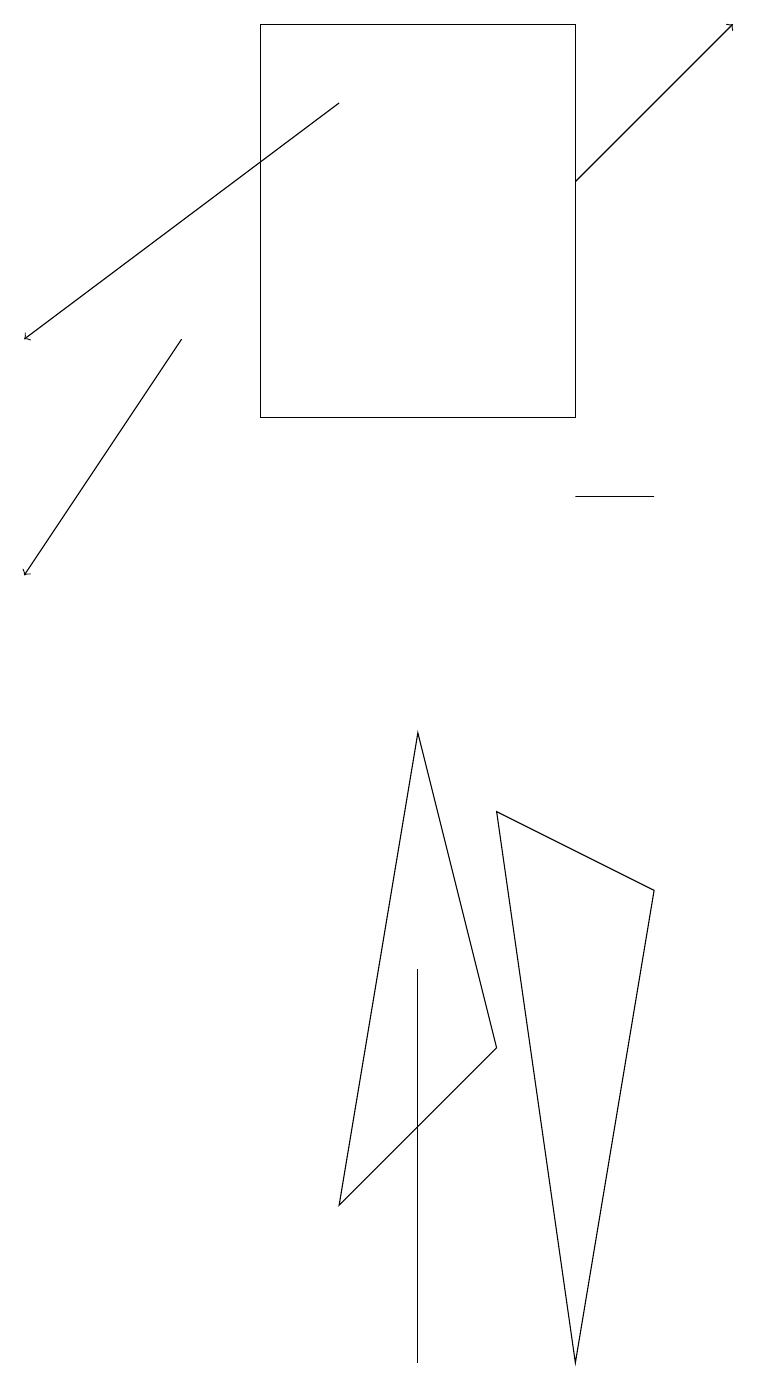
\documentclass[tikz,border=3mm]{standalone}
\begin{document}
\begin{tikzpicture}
\draw (3,17) rectangle (7,12);
\draw (6,7) -- (8,6) -- (7,0) -- cycle;
\draw (5,5) -- (5,1) -- (5,0) -- cycle;
\draw (8,11) rectangle (7,11);
\draw[->] (2,13) -- (0,10);
\draw[->] (7,15) -- (9,17);
\draw (4,2) -- (5,8) -- (6,4) -- cycle;
\draw[->] (4,16) -- (0,13);
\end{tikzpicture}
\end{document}